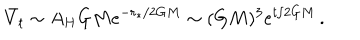
\bar { V } _ { t } \sim A _ { H } G M e ^ { - r _ { * } / 2 G M } \sim ( G M ) ^ { 3 } e ^ { t / 2 G M } \, .